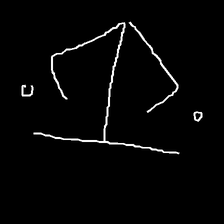
Glyph: earth